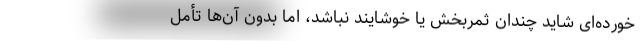
‌خورده‌ای شاید چندان ثمربخش یا خوشایند نباشد، اما بدون آن‌ها تأمل